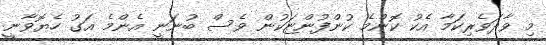
މި ވާދަވެރިކަމާ އެކު ކޮންމެ ކުންފުންޏަކުން ވެސް ބުނަނީ އެންމެ އަގު ހެޔޮވާނީ